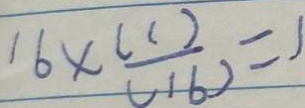
1 6 \times \frac { ( 1 ) } { ( 1 6 ) } = 1